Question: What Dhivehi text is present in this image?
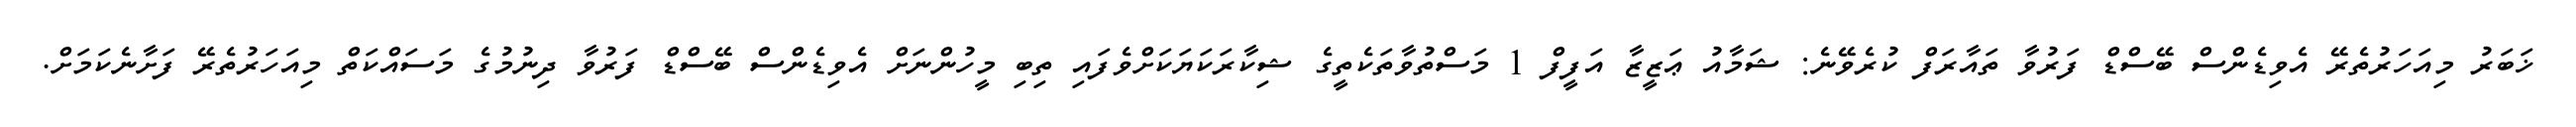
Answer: ޚަބަރު މިއަހަރުތެރޭ އެވިޑެންސް ބޭސްޑް ފަރުވާ ތައާރަފް ކުރެވޭނެ: ޝަމާއު ޢަޒީޒާ އަފީފް 1 މަސްތުވާތަކެތީގެ ޝިކާރަކަޔަކަށްވެފައި ތިބި މީހުންނަށް އެވިޑެންސް ބޭސްޑް ފަރުވާ ދިނުމުގެ މަސައްކަތް މިއަހަރުތެރޭ ފަށާނެކަމަށް.